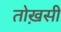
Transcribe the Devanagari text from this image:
तोख़सी